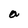
Character: a